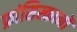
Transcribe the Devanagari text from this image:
फ्रांसिस्कानों